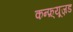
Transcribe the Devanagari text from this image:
कन्फ़्यूज़ड